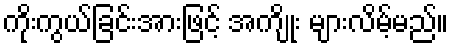
ကိုးကွယ်ခြင်းအားဖြင့် အကျိုး များလိမ့်မည်။